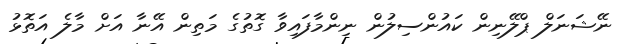
ނޭޝަނަލް ޕްލޭނިން ކައުންސިލުން ނިންމާފައިވާ ގޮތުގެ މަތިން އޭނާ އަށް މާލެ އަތޮޅު